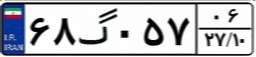
۴۵گ۵۰۷۵۴